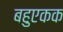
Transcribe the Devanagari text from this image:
बहुएकक